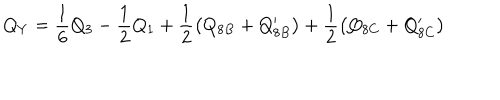
Q _ { Y } = \frac { 1 } { 6 } Q _ { 3 } - \frac { 1 } { 2 } Q _ { 1 } + \frac { 1 } { 2 } \left( Q _ { 8 B } + Q _ { 8 B } ^ { \prime } \right) + \frac { 1 } { 2 } \left( Q _ { 8 C } + Q _ { 8 C } ^ { \prime } \right)